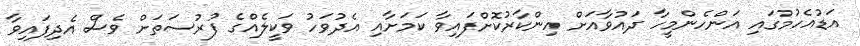
އަޑުއެހުމުގައި އަންހެންމީހާ ދައުވާއަށް އިންކާރުކޮށްފައިވާ ކަމަށާއި އެދުވަހު ވަކީލެއްގެ ފުރުސަތަށް ވެސް އެދިފައިވާ